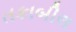
તકાબીલ